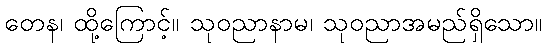
တေန၊ ထို့ကြောင့်။ သုဝညာနာမ၊ သုဝညာအမည်ရှိသော။